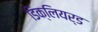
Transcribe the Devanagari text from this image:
डिक्लियर्ड